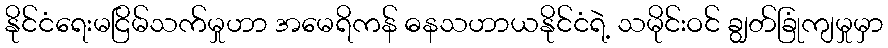
နိုင်ငံရေးမငြိမ်သက်မှုဟာ အမေရိကန် ဓနသဟာယနိုင်ငံရဲ့ သမိုင်းဝင် ချွတ်ခြုံကျမှုမှာ